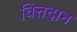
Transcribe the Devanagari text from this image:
वित्तदान